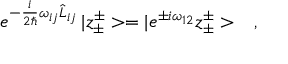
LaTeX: e ^ { - \frac { i } { 2 \hbar } \omega _ { i j } \hat { L } _ { i j } } \, | z _ { \pm } ^ { \pm } > = | e ^ { \pm i \omega _ { 1 2 } } z _ { \pm } ^ { \pm } > \ \ \ ,